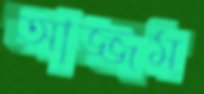
আজ্জম